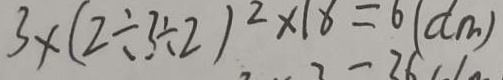
3 \times ( 2 \div 3 \div 2 ) ^ { 2 } \times 1 8 = 6 ( d m )